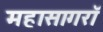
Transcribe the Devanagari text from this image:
महासागरॉ